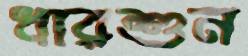
ধারশুন